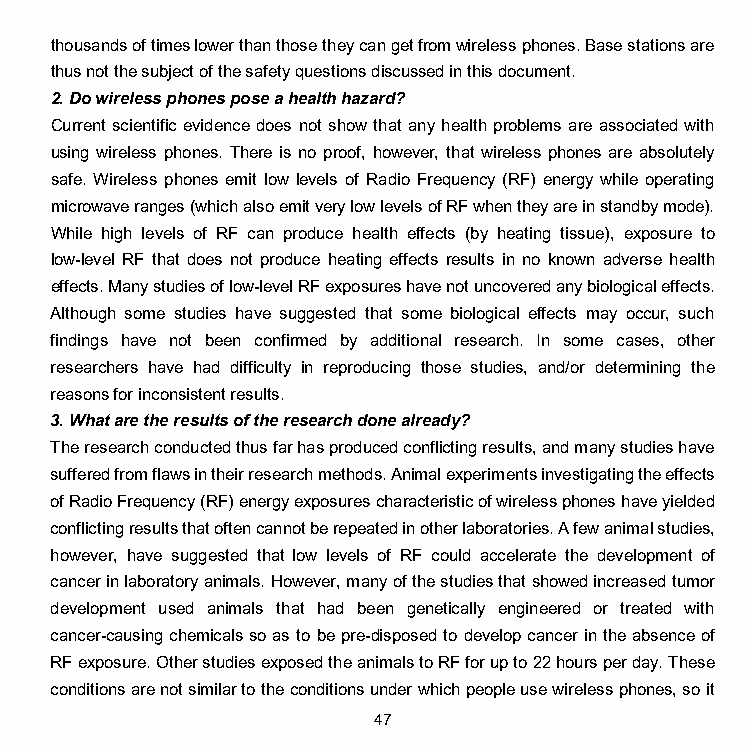
thousands of times lower than those they can get from wireless phones. Base stations are
 thus not the subject of the safety questions discussed in this document.
 2. Do wireless phones pose a health hazard?
 Current scientific evidence does not show that any health problems are associated with
 using wireless phones. There is no proof, however, that wireless phones are absolutely
 safe. Wireless phones emit low levels of Radio Frequency (RF) energy while operating
 microwave ranges (which also emit very low levels of RF when they are in standby mode).
 While high levels of RF can produce health effects (by heating tissue), exposure to
 low-level RF that does not produce heating effects results in no known adverse health
 effects. Many studies of low-level RF exposures have not uncovered any biological effects.
 Although some studies have suggested that some biological effects may occur, such
 findings have not been confirmed by additional research. In some cases, other
 researchers have had difficulty in reproducing those studies, and/or determining the
 reasons for inconsistent results.
 3. What are the results of the research done already?
 The research conducted thus far has produced conflicting results, and many studies have
 suffered from flaws in their research methods. Animal experiments investigating the effects
 of Radio Frequency (RF) energy exposures characteristic of wireless phones have yielded
 conflicting results that often cannot be repeated in other laboratories. A few animal studies,
 however, have suggested that low levels of RF could accelerate the development of
 cancer in laboratory animals. However, many of the studies that showed increased tumor
 development used animals that had been genetically engineered or treated with
 cancer-causing chemicals so as to be pre-disposed to develop cancer in the absence of
 RF exposure. Other studies exposed the animals to RF for up to 22 hours per day. These
 conditions are not similar to the conditions under which people use wireless phones, so it
 47